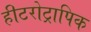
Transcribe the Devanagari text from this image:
हीटरोट्रापिक